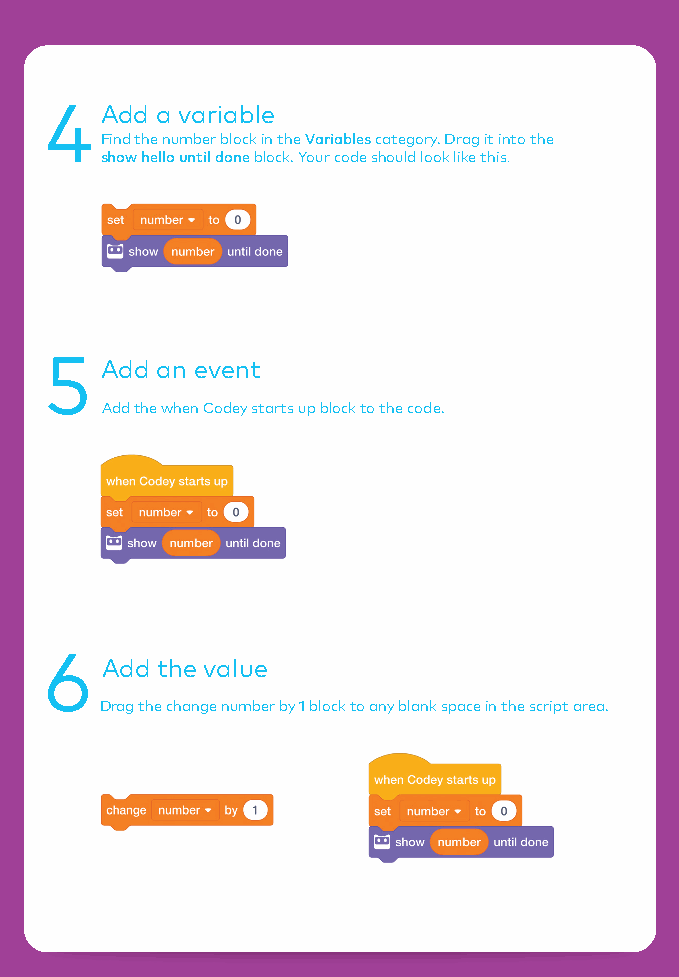
4   Add a variable
 Find the number block in the Variables category. Drag it into the
 show hello until done block. Your code should look like this.
 5
 Add an event
 Add the when Codey starts up block to the code.
 6
 Add the value
 Drag the change number by 1 block to any blank space in the script area.